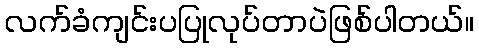
လက်ခံကျင်းပပြုလုပ်တာပဲဖြစ်ပါတယ်။